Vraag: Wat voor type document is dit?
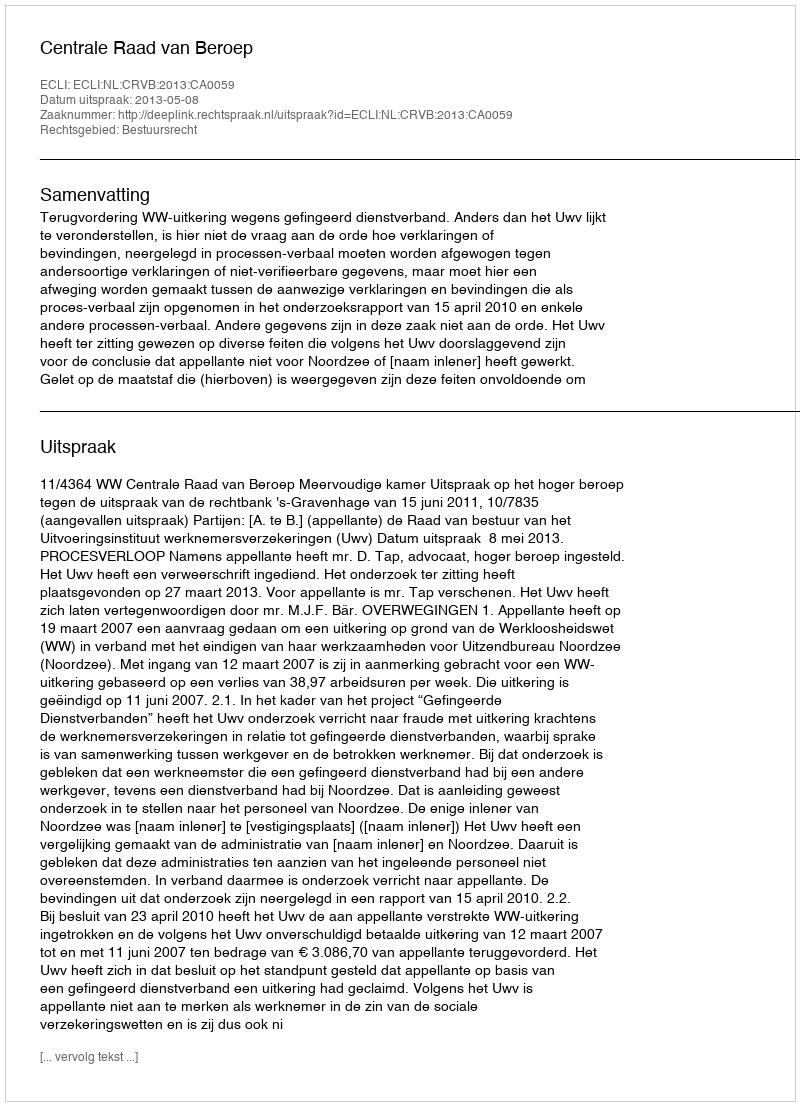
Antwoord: Uitspraak